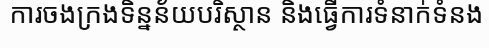
ការចងក្រងទិន្នន័យបរិស្ថាន និងធ្វើការទំនាក់ទំនង